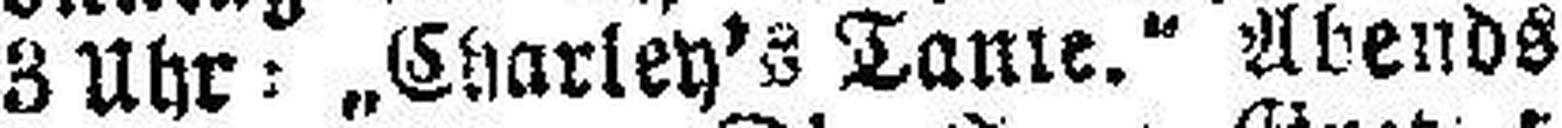
3 Uhr: „Charley's Tame." Abends